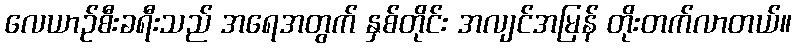
လေယာဉ်စီးခရီးသည် အရေအတွက် နှစ်တိုင်း အလျင်အမြန် တိုးတက်လာတယ်။